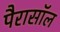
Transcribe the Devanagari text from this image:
पैरासॉल